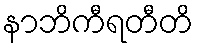
နာဘိကီရတီတိ